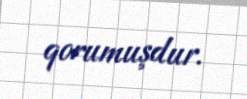
qorumuşdur.